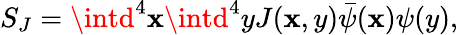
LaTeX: S_{J}=\intd^{4}\mathbf{x}\intd^{4}yJ(\mathbf{x},y)\bar{{\psi}}(\mathbf{x})\psi(y),